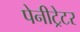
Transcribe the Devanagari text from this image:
पेनीट्रेटर